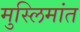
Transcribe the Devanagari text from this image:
मुस्लिमांत